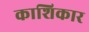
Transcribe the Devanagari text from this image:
काशिकार